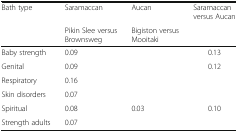
| Bath type | Saramaccan | Aucan | Saramaccan versus Aucan |
 |  | Pikin Slee versus Brownsweg | Bigiston versus Mooitaki |  |
 | --- | --- | --- | --- |
 | Baby strength | 0.09 |  | 0.13 |
 | Genital | 0.09 |  | 0.12 |
 | Respiratory | 0.16 |  |  |
 | Skin disorders | 0.07 |  |  |
 | Spiritual | 0.08 | 0.03 | 0.10 |
 | Strength adults | 0.07 |  |  |